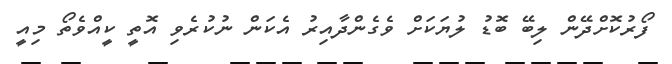
ފޯރުކޮށްދޭން ލިބޭ ބޮޑު ލުޔަކަށް ވެގެންދާއިރު އެކަން ނުކުރެވި އޮތީ ކީއްވެތޯ މިއީ